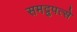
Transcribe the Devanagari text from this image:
समद्रुपत्से